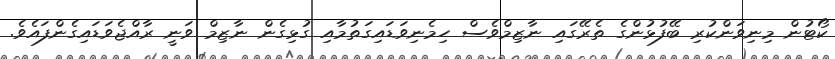
ކޯޓުން މިނިވަންކުރި ބޭފުޅުންގެ ތެރޭގައި ނާޒިމްވެސް ހިމެނިވަޑައިގަތުމާއި ގުޅިގެން ނާޒިމް ވަނީ ރާއްޖެވަޑައިގެންފައެވެ.